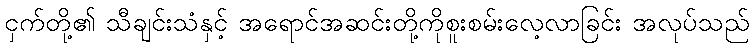
ငှက်တို့၏ သီချင်းသံနှင့် အရောင်အဆင်းတို့ကိုစူးစမ်းလေ့လာခြင်း အလုပ်သည်